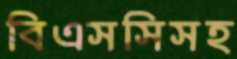
বিএসসিসহ